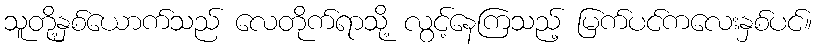
သူတို့နှစ်ယောက်သည် လေတိုက်ရာသို့ လွင့်နေကြသည့် မြက်ပင်ကလေးနှစ်ပင်။